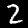
Digit: 2